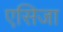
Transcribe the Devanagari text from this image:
एसिजा